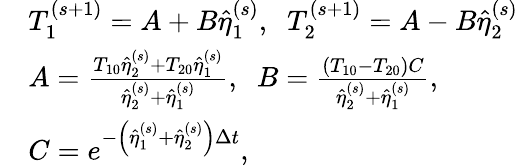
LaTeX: \begin{array}{rl}&{T_{1}^{(s+1)}=A+B\widehat{\eta}_{1}^{(s)},\; \; T_{2}^{(s+1)}=A-B\widehat{\eta}_{2}^{(s)}}\\ &{A=\frac{T_{10}\widehat{\eta}_{2}^{(s)}+T_{20}\widehat{\eta}_{1}^{(s)}}{\widehat{\eta}_{2}^{(s)}+\widehat{\eta}_{1}^{(s)}},\; \; B=\frac{\left(T_{10}-T_{20}\right)C}{\widehat{\eta}_{2}^{(s)}+\widehat{\eta}_{1}^{(s)}},}\\ &{C=e^{-\left(\widehat{\eta}_{1}^{(s)}+\widehat{\eta}_{2}^{(s)}\right)\Delta t},}\end{array}